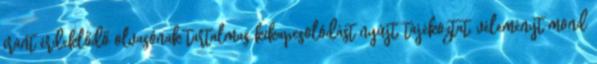
iránt érdeklődő olvasónak tartalmas kikapcsolódást nyújt, tájékoztat, véleményt mond